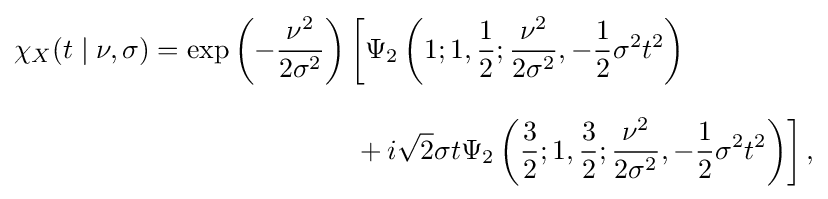
{\begin{aligned}\chi _{X}(t\mid \nu ,\sigma )=\exp \left(-{\frac {\nu ^{2}}{2\sigma ^{2}}}\right)&\left[\Psi _{2}\left(1;1,{\frac {1}{2}};{\frac {\nu ^{2}}{2\sigma ^{2}}},-{\frac {1}{2}}\sigma ^{2}t^{2}\right)\right.\\[8pt]&\left.{}+i{\sqrt {2}}\sigma t\Psi _{2}\left({\frac {3}{2}};1,{\frac {3}{2}};{\frac {\nu ^{2}}{2\sigma ^{2}}},-{\frac {1}{2}}\sigma ^{2}t^{2}\right)\right],\end{aligned}}